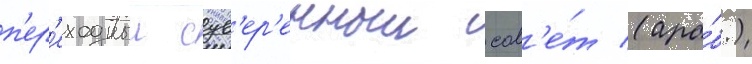
п'ер'еходныи сув'ер'енныи сов'е́т (ара́б.)